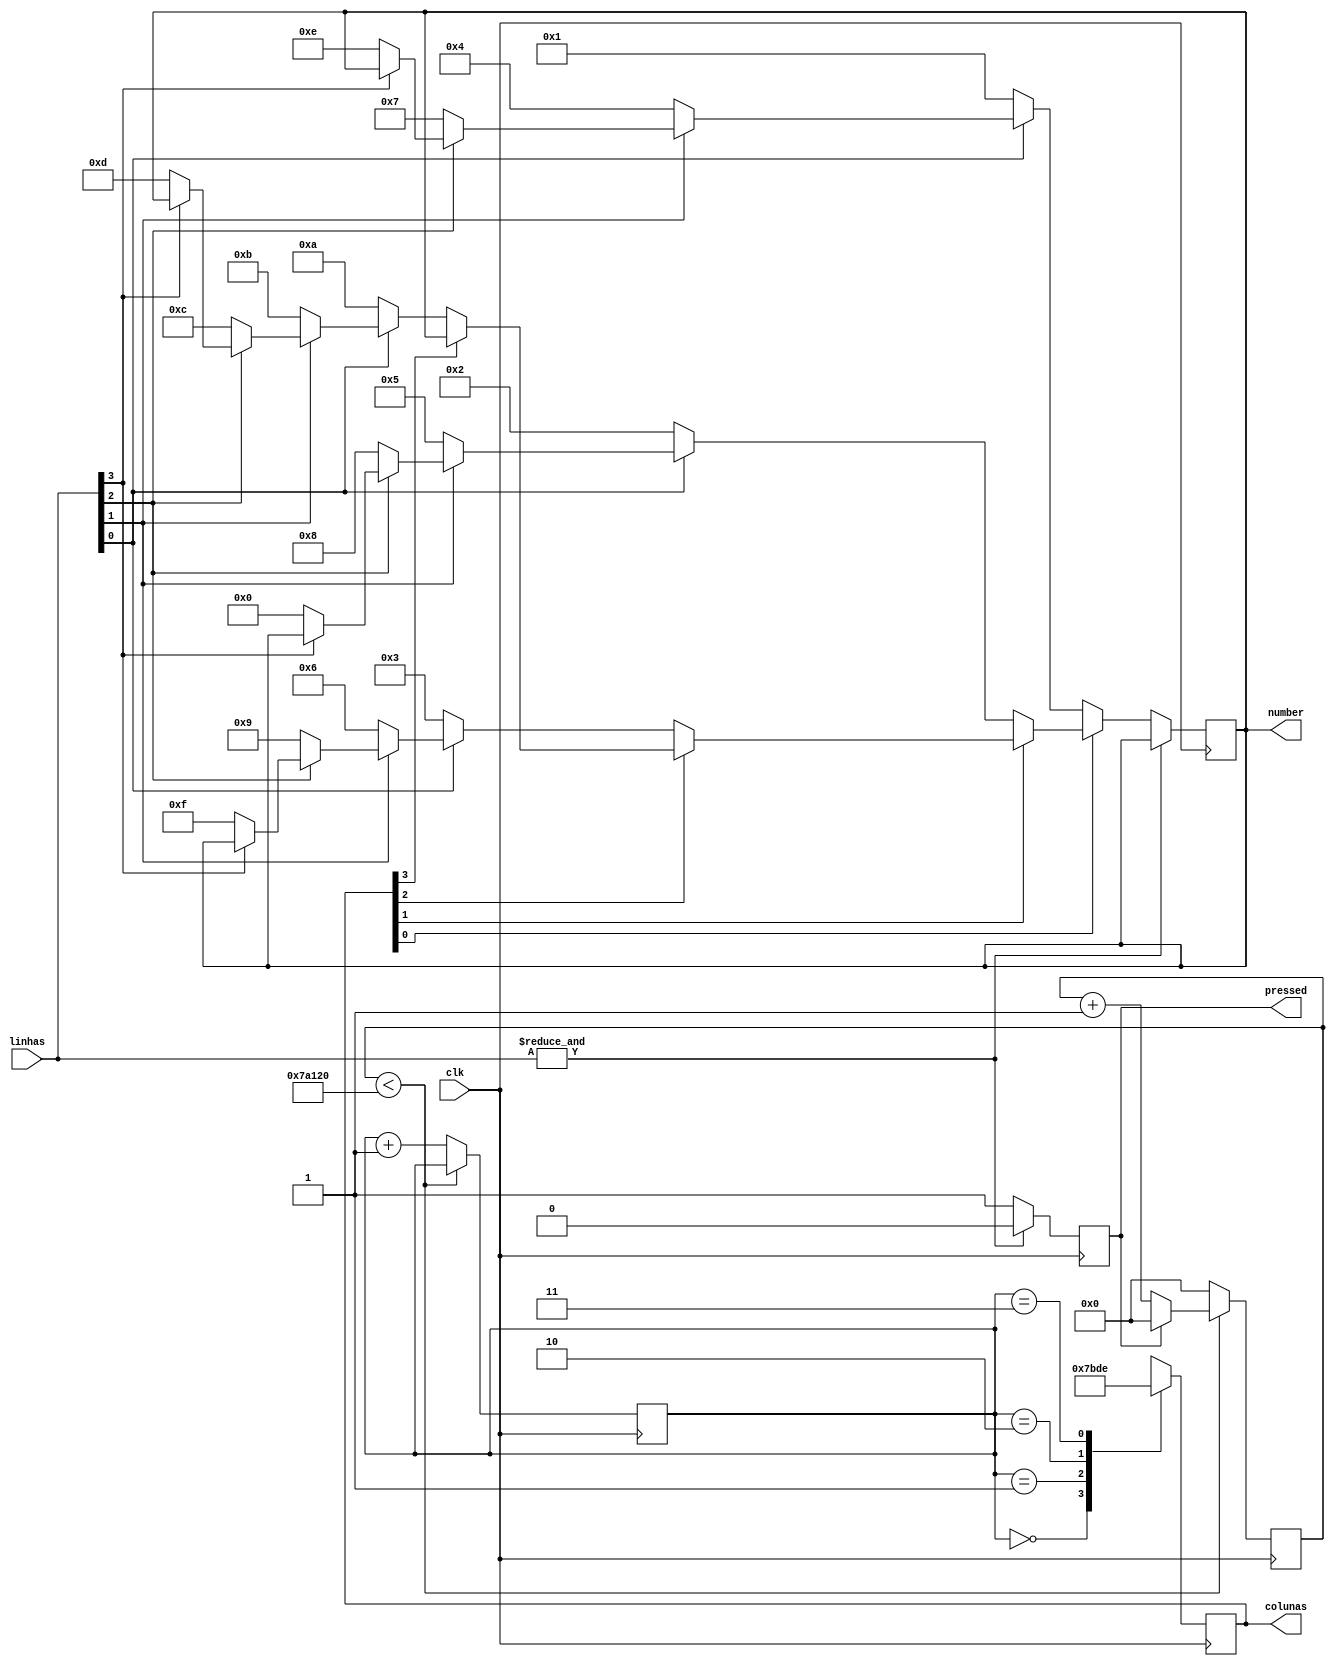
module keypad (
	input clk,
	output reg [3:0] colunas,
	input [3:0] linhas,
	output reg [3:0] number,
	output reg pressed
);

reg [31:0] counter = 0;
parameter cycle = 500000;
reg [1:0] state = 0;

always @ (posedge clk) begin
	if (counter < cycle) begin 
		if (~pressed) counter <= counter + 1;
		else begin
			counter <= 0;
		end
	end
	else begin
		counter <= 0;
		state <= state + 1;
	end
	
	case (state) 
		0: colunas <= 4'b0111;
		1: colunas <= 4'b1011;
		2: colunas <= 4'b1101;
		3: colunas <= 4'b1110;
	endcase
end

always @ (posedge clk) begin
	if (~&linhas) begin
		pressed <= 1;
		
		if (~colunas[0]) begin
			if (~linhas[0]) number <= 4'd1;
			else if (~linhas[1]) number <= 4'd4;
			else if (~linhas[2]) number <= 4'd7;
			else if (~linhas[3]) number <= 4'd14;
		end
		else if (~colunas[1]) begin
			if (~linhas[0]) number <= 4'd2;
			else if (~linhas[1]) number <= 4'd5;
			else if (~linhas[2]) number <= 4'd8;
			else if (~linhas[3]) number <= 4'd0;
		end
		else if (~colunas[2]) begin
			if (~linhas[0]) number <= 4'd3;
			else if (~linhas[1]) number <= 4'd6;
			else if (~linhas[2]) number <= 4'd9;
			else if (~linhas[3]) number <= 4'd15;
		end
		else if (~colunas[3]) begin
			if (~linhas[0]) number <= 4'd10;
			else if (~linhas[1]) number <= 4'd11;
			else if (~linhas[2]) number <= 4'd12;
			else if (~linhas[3]) number <= 4'd13;
		end
	end
	else begin
		pressed <= 0;
	end
end
endmodule